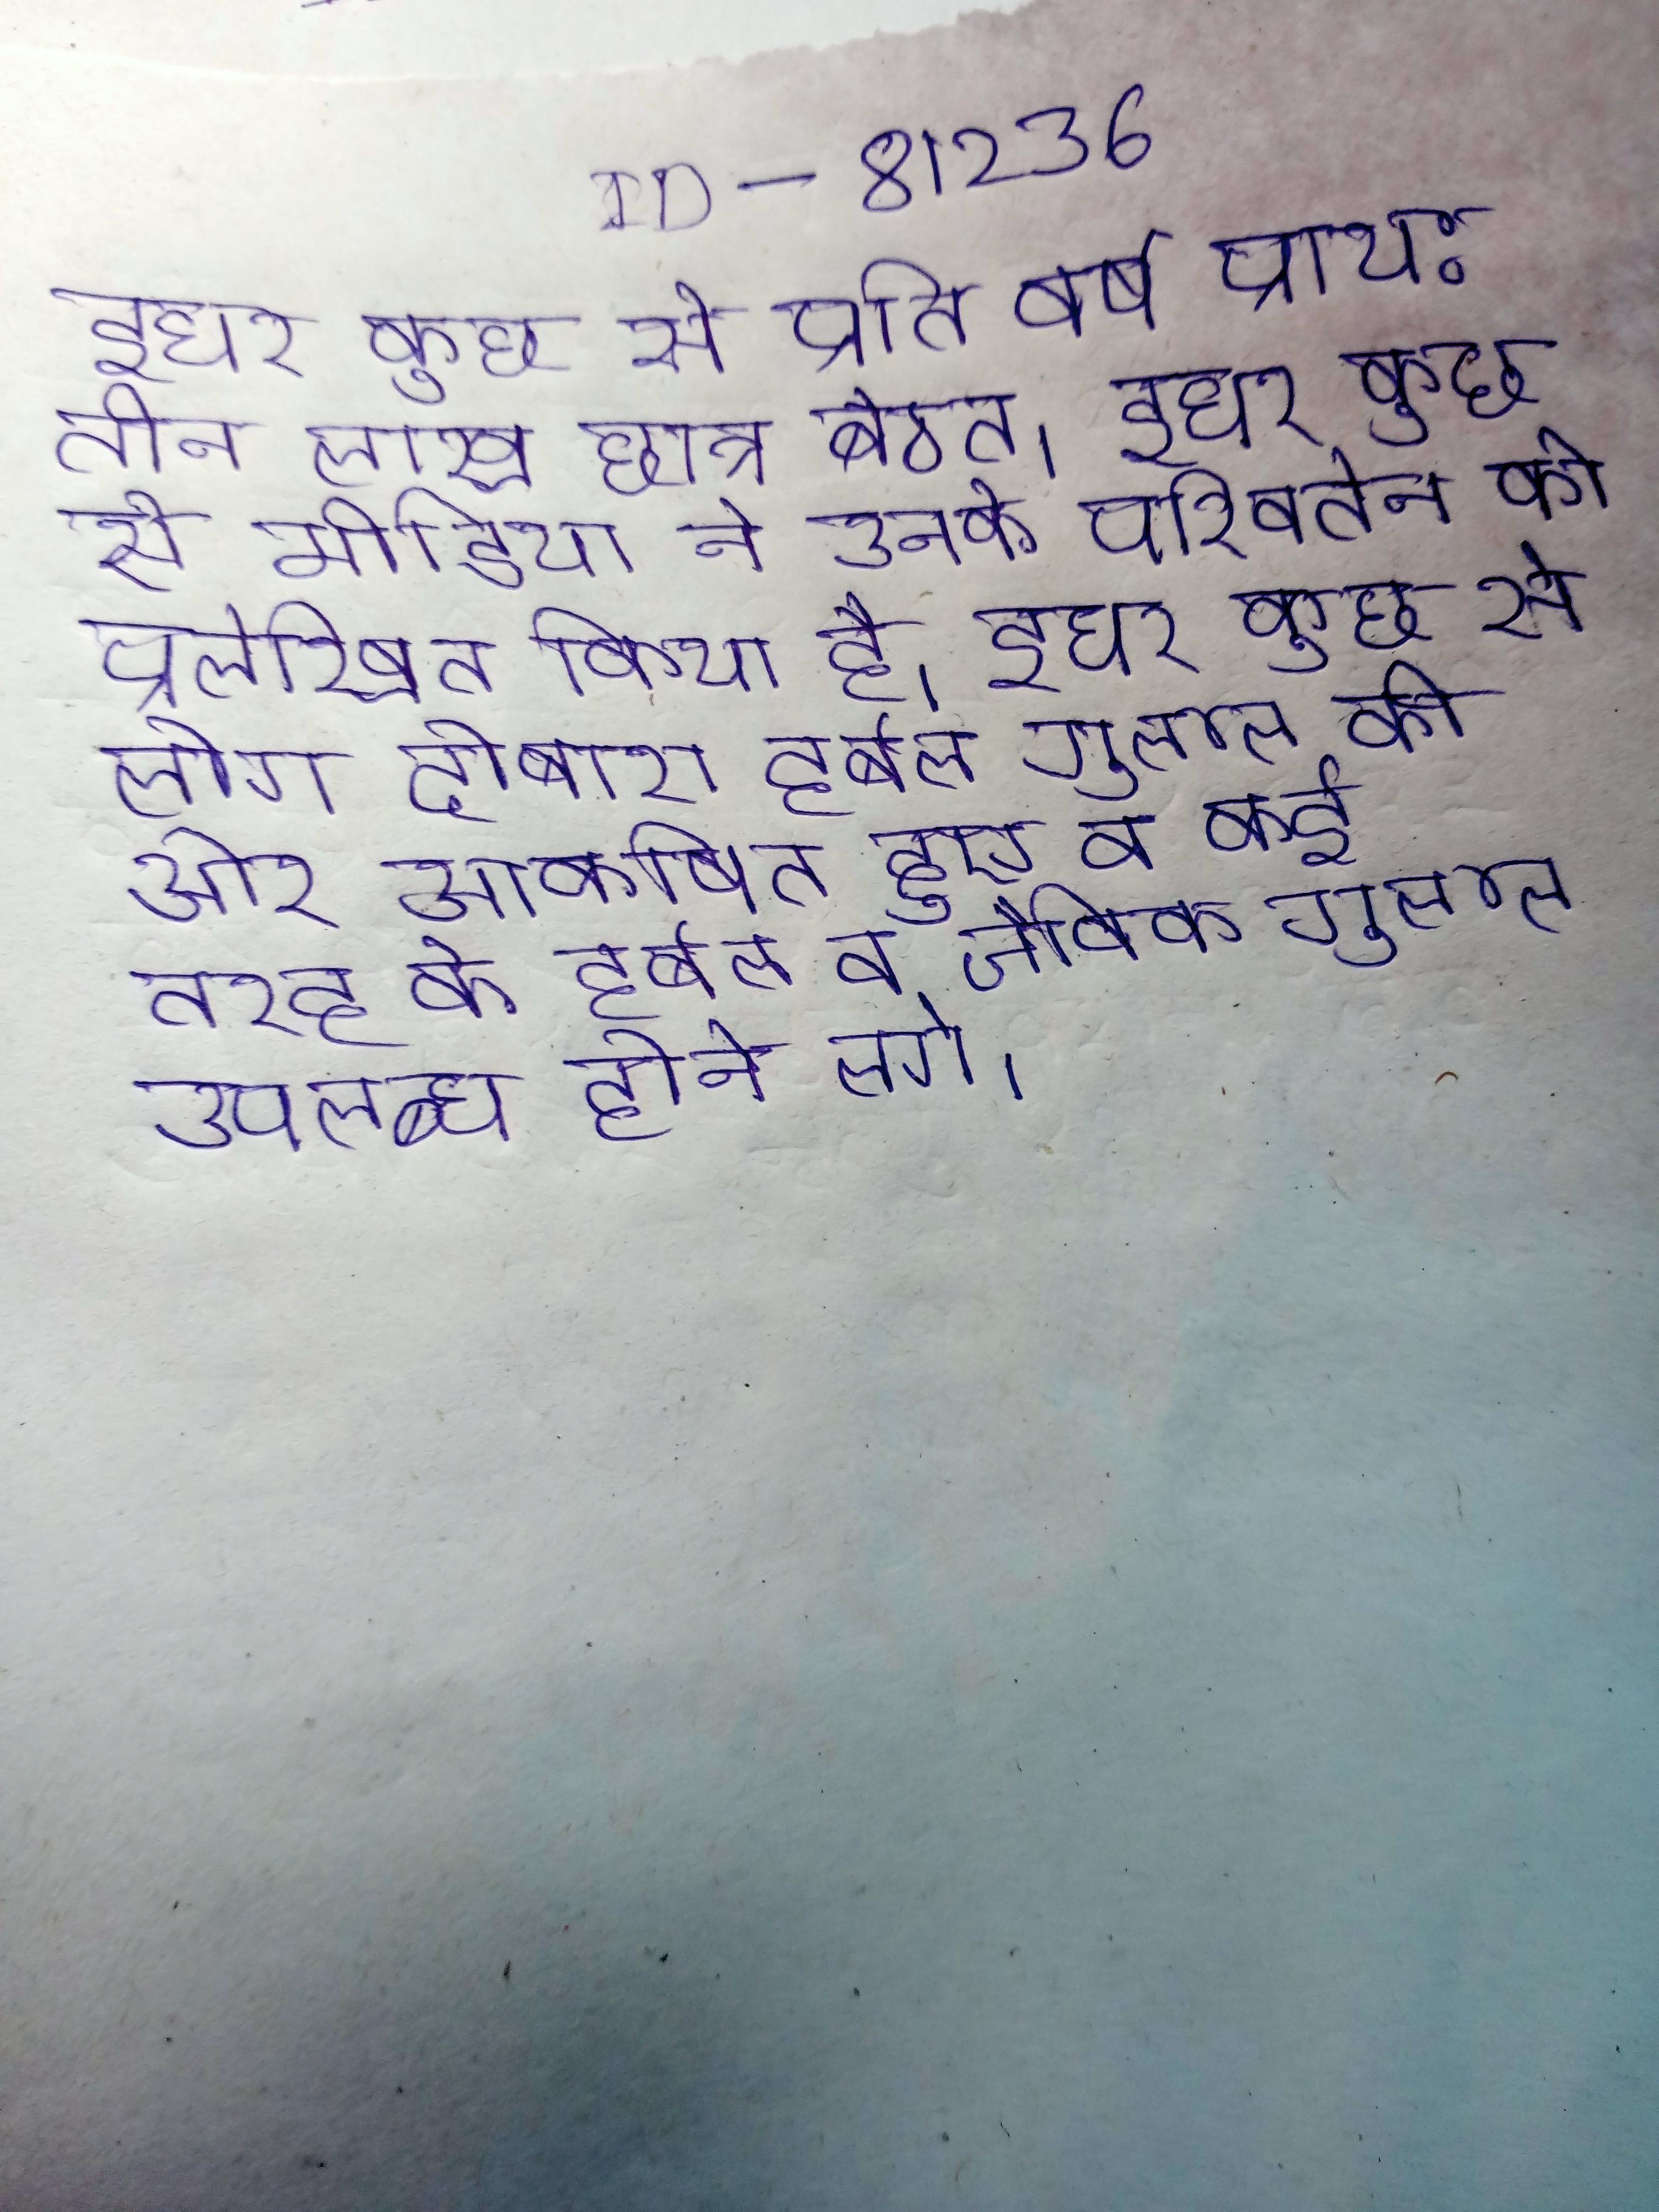
इधर कुछ से प्रति वर्ष प्राय: तीन लाख छात्र बैठते । इधर कुछ से मीडिया ने उनके परिवर्तन को प्रलेखित किया है । इधर कुछ से लोग दोबारा हर्बल गुलाल की ओर आकर्षित हुए व कई तरह के हर्बल व जैविक गुलाल उपलब्ध होने लगे ।